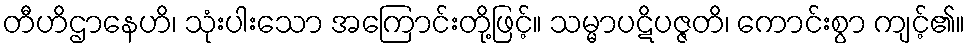
တီဟိဌာနေဟိ၊ သုံးပါးသော အကြောင်းတို့ဖြင့်။ သမ္မာပဋိပဇ္ဇတိ၊ ကောင်းစွာ ကျင့်၏။